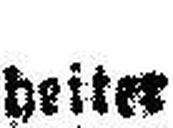
heiter